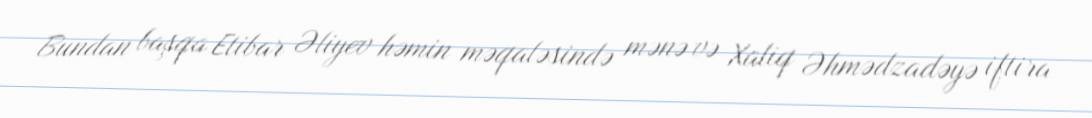
Bundan başqa Etibar Əliyev həmin məqaləsində mənə və Xaliq Əhmədzadəyə iftira